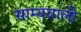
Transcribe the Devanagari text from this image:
साम्यवाली